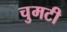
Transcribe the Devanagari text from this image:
चुमटी